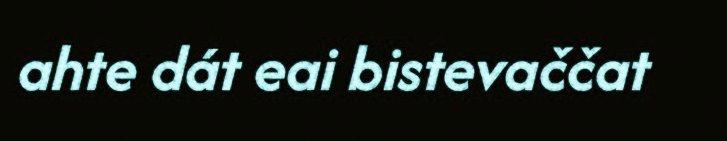
ahte dát eai bistevaččat